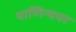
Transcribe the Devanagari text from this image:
पाणिन्यमर